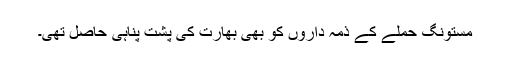
مستونگ حملے کے ذمہ داروں کو بھی بھارت کی پشت پناہی حاصل تھی۔